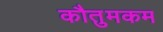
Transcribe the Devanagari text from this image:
कौतुमकम